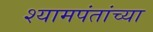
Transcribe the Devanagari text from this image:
श्यामपंतांच्या